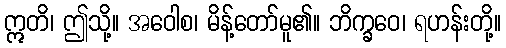
ဣတိ၊ ဤသို့။ အဝေါစ၊ မိန့်တော်မူ၏။ ဘိက္ခဝေ၊ ရဟန်းတို့။